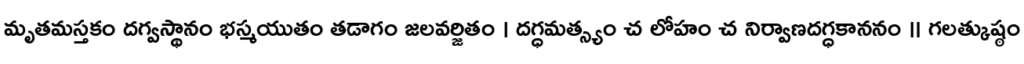
మృతమస్తకం దగ్వస్థానం భస్మయుతం తడాగం జలవర్జితం । దగ్ధమత్స్యం చ లోహం చ నిర్వాణదగ్ధకాననం ॥ గలత్కుష్ఠం